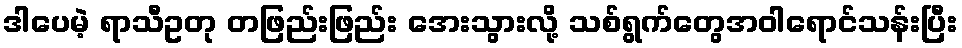
ဒါပေမဲ့ ရာသီဥတု တဖြည်းဖြည်း အေးသွားလို့ သစ်ရွက်တွေအဝါရောင်သန်းပြီး